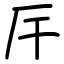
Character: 厈